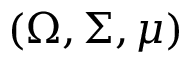
( \Omega , \Sigma , \mu )